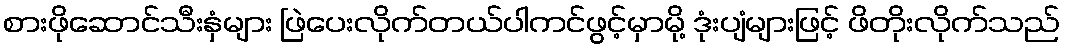
စားဖိုဆောင်သီးနှံများ ဖြဲပေးလိုက်တယ်ပါကင်ဖွင့်မှာမို့ ဒုံးပျံများဖြင့် ဖိတိုးလိုက်သည်